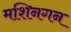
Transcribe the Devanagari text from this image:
मशिनगन